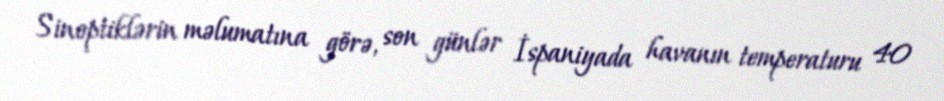
Sinoptiklərin məlumatına görə, son günlər İspaniyada havanın temperaturu 40